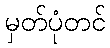
မှတ်ပုံတင်